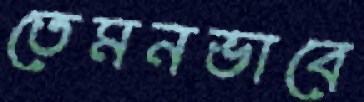
তেমনভাবে